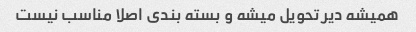
همیشه دیر تحویل میشه و بسته بندی اصلا مناسب نیست